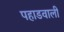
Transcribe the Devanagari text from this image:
पहाडवाली